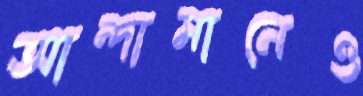
আন্দামানেও